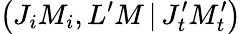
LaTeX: \left(J_{i}M_{i},L^{\prime}M\, |\, J_{t}^{\prime}M_{t}^{\prime}\right)